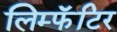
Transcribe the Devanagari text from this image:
लिम्फॅटिर